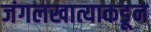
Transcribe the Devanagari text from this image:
जंगलखात्याकडून